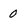
Character: 0